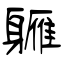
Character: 軅